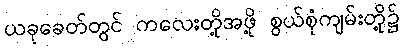
ယခုခေတ်တွင် ကလေးတို့အဖို့ စွယ်စုံကျမ်းတို့၌